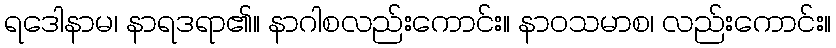
ရဒေါနာမ၊ နာရဒရာ၏။ နာဂါစလည်းကောင်း။ နာဝသမာစ၊ လည်းကောင်း။